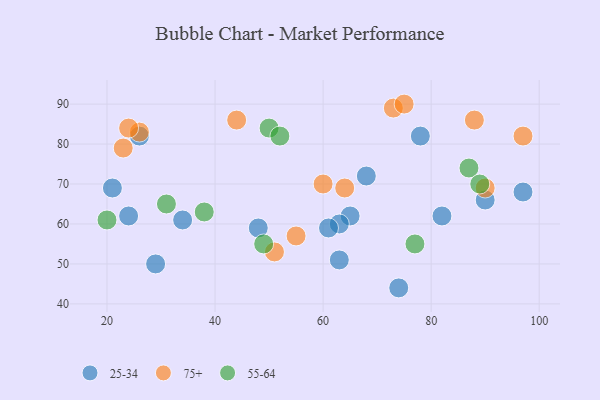
{"axis": {"x": "GDP", "y": "Life Expectancy"}, "legend": ["25-34", "55-64", "75+"], "data": [{"x": "24", "y": 62, "type": "25-34"}, {"x": "34", "y": 61, "type": "25-34"}, {"x": "21", "y": 69, "type": "25-34"}, {"x": "90", "y": 66, "type": "25-34"}, {"x": "65", "y": 62, "type": "25-34"}, {"x": "63", "y": 60, "type": "25-34"}, {"x": "68", "y": 72, "type": "25-34"}, {"x": "61", "y": 59, "type": "25-34"}, {"x": "97", "y": 68, "type": "25-34"}, {"x": "26", "y": 82, "type": "25-34"}, {"x": "82", "y": 62, "type": "25-34"}, {"x": "29", "y": 50, "type": "25-34"}, {"x": "63", "y": 51, "type": "25-34"}, {"x": "74", "y": 44, "type": "25-34"}, {"x": "48", "y": 59, "type": "25-34"}, {"x": "78", "y": 82, "type": "25-34"}, {"x": "60", "y": 70, "type": "75+"}, {"x": "44", "y": 86, "type": "75+"}, {"x": "26", "y": 83, "type": "75+"}, {"x": "88", "y": 86, "type": "75+"}, {"x": "97", "y": 82, "type": "75+"}, {"x": "90", "y": 69, "type": "75+"}, {"x": "23", "y": 79, "type": "75+"}, {"x": "64", "y": 69, "type": "75+"}, {"x": "51", "y": 53, "type": "75+"}, {"x": "24", "y": 84, "type": "75+"}, {"x": "73", "y": 89, "type": "75+"}, {"x": "55", "y": 57, "type": "75+"}, {"x": "75", "y": 90, "type": "75+"}, {"x": "77", "y": 55, "type": "55-64"}, {"x": "20", "y": 61, "type": "55-64"}, {"x": "87", "y": 74, "type": "55-64"}, {"x": "31", "y": 65, "type": "55-64"}, {"x": "50", "y": 84, "type": "55-64"}, {"x": "49", "y": 55, "type": "55-64"}, {"x": "38", "y": 63, "type": "55-64"}, {"x": "89", "y": 70, "type": "55-64"}, {"x": "52", "y": 82, "type": "55-64"}]}